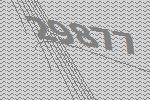
29877